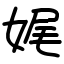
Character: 娓